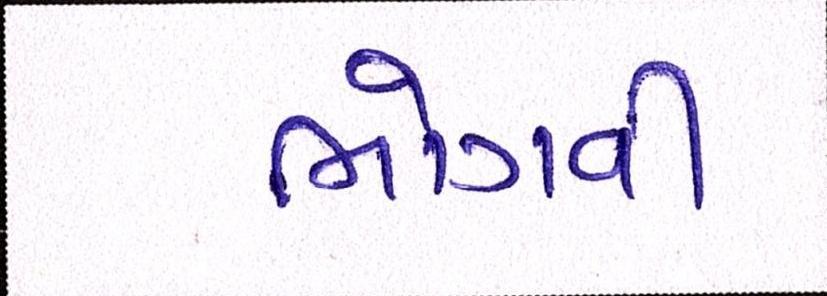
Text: ભોગવી